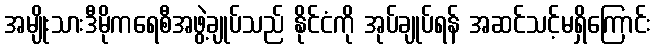
အမျိုးသားဒီမိုကရေစီအဖွဲ့ချုပ်သည် နိုင်ငံကို အုပ်ချုပ်ရန် အဆင်သင့်မရှိကြောင်း